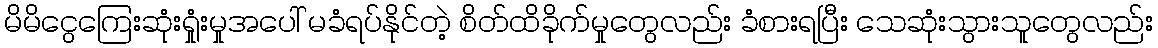
မိမိငွေကြေးဆုံးရှုံးမှုအပေါ် မခံရပ်နိုင်တဲ့ စိတ်ထိခိုက်မှုတွေလည်း ခံစားရပြီး သေဆုံးသွားသူတွေလည်း